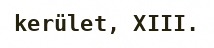
kerület, XIII.